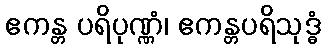
ဧကန္တ ပရိပုဏ္ဏံ၊ ဧကန္တပရိသုဒ္ဓံ